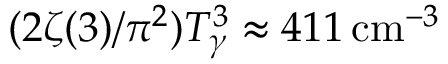
( 2 \zeta ( 3 ) / \pi ^ { 2 } ) T _ { \gamma } ^ { 3 } \approx 4 1 1 \, { \mathrm { c m } } ^ { - 3 }